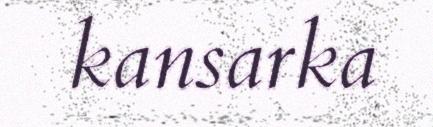
kansarka